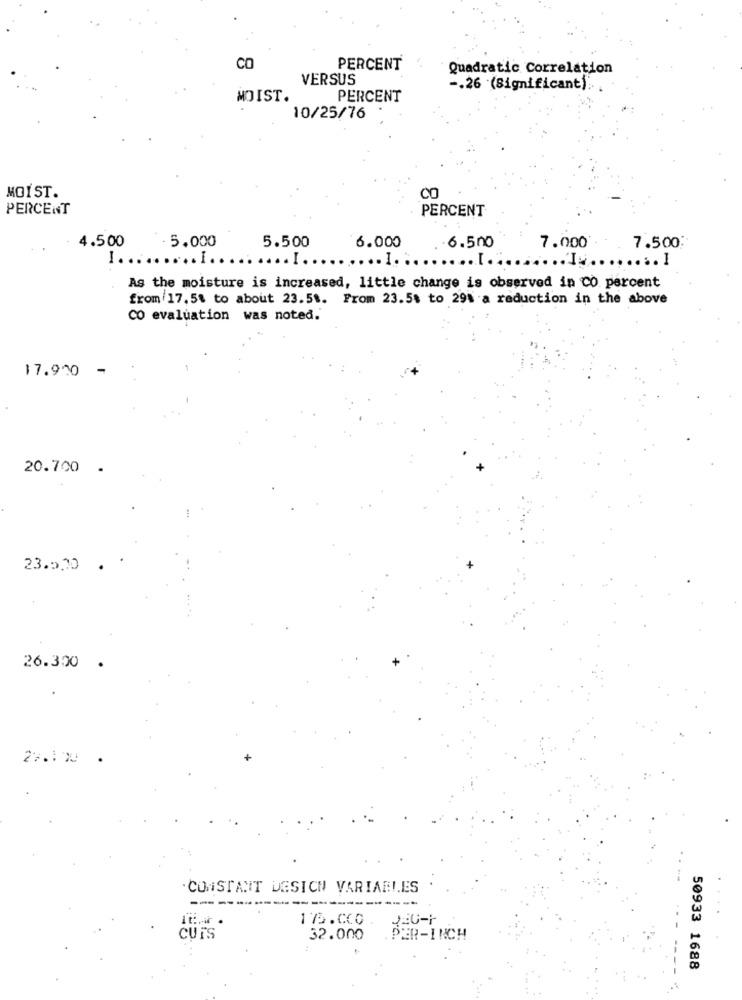
CO
PERCENT
Quadratic Correlation
VERSUS
-. 26 (Significant).
MOIST.
PERCENT
10/25/76
MOIST.
CO
PERCENT
PERCENT
- 5.000
4.500
5.500
6.000
6.500
7.000'
7.500
I. ........ ...
....... I.
...
...... ...........
............... I
As the moisture is increased, little change is observed in CO. percent
from 17,5% to about 23.51. From 23.5% to 29% a reduction in the above
CO evaluation was noted.
17.900 -
20.700 .
23.5.00
26.300 .
CONSTANT DESICH VARIABLES
175.000
CUIS
32.000
.PER-INCH
50933 1688